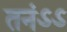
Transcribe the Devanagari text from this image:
तनंऽऽ